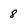
Character: 8